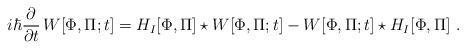
LaTeX: \begin{align*}i\hbar \frac{\partial }{\partial t}\,W[\Phi,\Pi;t]= H_I[\Phi,\Pi] \star W [\Phi,\Pi ;t]- W[\Phi,\Pi ;t]\star H_I [\Phi,\Pi]~.\end{align*}